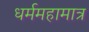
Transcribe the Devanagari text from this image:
धर्ममहामात्र